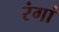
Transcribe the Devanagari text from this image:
रंगां